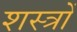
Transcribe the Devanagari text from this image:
शस्‍त्रों